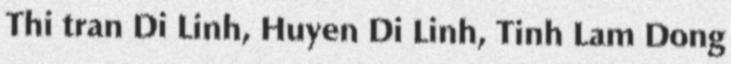
Thi tran Di Linh, Huyen Di Linh, Tinh Lam Dong